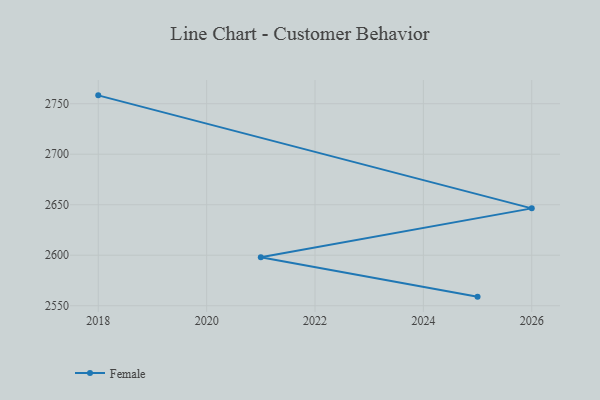
{"axis": {"x": "Year", "y": "Active Users"}, "legend": ["Female"], "data": [{"x": "2025", "y": 2559.0, "type": "Female"}, {"x": "2021", "y": 2598.1, "type": "Female"}, {"x": "2026", "y": 2646.4, "type": "Female"}, {"x": "2018", "y": 2758.3, "type": "Female"}]}